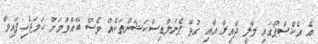
އެ އެކްސްޕޯގައި މާލީ ދާއިރާ އާއި ގުޅޭ ޕެނަލްޑިސްކަޝަންތަކެއް ވެސް ބޭއްވުމަށް ހަމަޖެހިފައިވާ